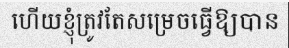
ហើយខ្ញុំត្រូវតែសម្រេចធ្វើឱ្យបាន